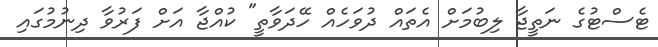
ޓެސްޓުގެ ނަތީޖާ ލިބުމަށް އެތައް ދުވަހެއް ހޭދަވާތީ" ކުއްޖާ އަށް ފަރުވާ ދިނުމުގައި